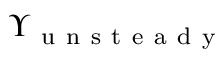
\Upsilon _ { \mathrm { ~ u ~ n ~ s ~ t ~ e ~ a ~ d ~ y ~ } }